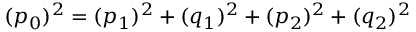
( p _ { 0 } ) ^ { 2 } = ( p _ { 1 } ) ^ { 2 } + ( q _ { 1 } ) ^ { 2 } + ( p _ { 2 } ) ^ { 2 } + ( q _ { 2 } ) ^ { 2 }